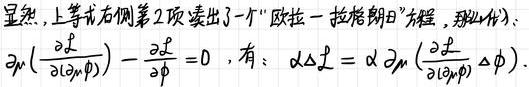
显然，上等式右侧第2项凑出了一个“欧拉 - 拉格朗日”方程，那么代入：
\[
\partial_{\mu}\left(\frac{\partial \mathcal{L}}{\partial\left(\partial_{\mu} \phi\right)}\right)-\frac{\partial \mathcal{L}}{\partial \phi}=0
\]
，有：
\[
\delta \Delta \mathcal{L}=\alpha \partial_{\mu}\left(\frac{\partial \mathcal{L}}{\partial\left(\partial_{\mu} \phi\right)} \Delta \phi\right)
\]
.